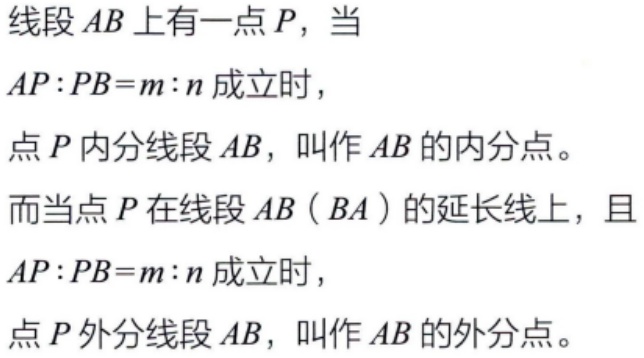
线段 \(AB\) 上有一点 \(P\)，当
\(AP:PB = m:n\) 成立时，
点 \(P\) 内分线段 \(AB\)，叫作 \(AB\) 的内分点。
而当点 \(P\) 在线段 \(AB\)（\(BA\)）的延长线上，且
\(AP:PB = m:n\) 成立时，
点 \(P\) 外分线段 \(AB\)，叫作 \(AB\) 的外分点。